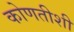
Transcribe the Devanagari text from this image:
कोणतीशी